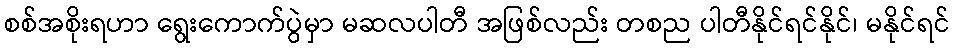
စစ်အစိုးရဟာ ရွေးကောက်ပွဲမှာ မဆလပါတီ အဖြစ်လည်း တစည ပါတီနိုင်ရင်နိုင်၊ မနိုင်ရင်